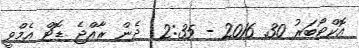
އޮކްޓޯބަރު 30